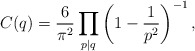
\begin{align*}C(q)=\dfrac{6}{\pi^2}\displaystyle\prod_{p\mid q}\left(1-\dfrac{1}{p^2}\right)^{-1},\end{align*}